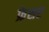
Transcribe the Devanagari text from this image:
फ्रेशर